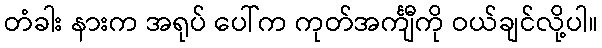
တံခါး နားက အရုပ် ပေါ်က ကုတ်အင်္ကျီကို ဝယ်ချင်လို့ပါ။